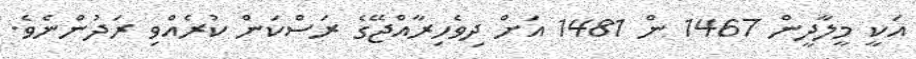
އަކީ މީލާދީން 1467 ން 1481 އަށް ދިވެހިރާއްޖޭގެ ރަސްކަން ކުރެއްވި ރަދުންނެވެ.